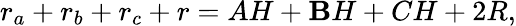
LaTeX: r_{a}+r_{b}+r_{c}+r=AH+\mathbf{B}H+CH+2R,